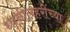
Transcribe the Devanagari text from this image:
ध्वनीलहरींच्या